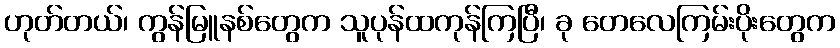
ဟုတ်တယ်၊ ကွန်မြူနစ်တွေက သူပုန်ထကုန်ကြပြီ၊ ခု တေလေကြမ်းပိုးတွေက